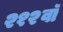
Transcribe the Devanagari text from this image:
२१२वॉ